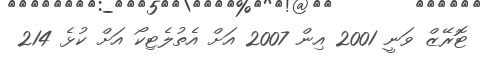
ޓޮރޭޒް ވަނީ 2001 އިން 2007 އަށް އެތުލެޓިކޯ އަށް ކުޅެ 214